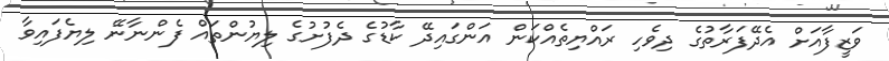
ވަޒީފާއަށް އެދޭފަރާތުގެ ދިވެހި ރައްޔިތެއްކަން އަންގައިދޭ ކާޑުގެ ދެފުށުގެ ލިޔުންތައް ފެންނާނޭ ލިޔެފައިވާ